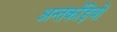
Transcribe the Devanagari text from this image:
अन्तर्कड़ियों